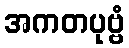
အကတပုဗ္ဗံ